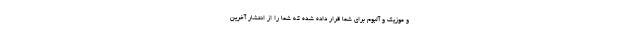
و موزیک و آلبوم برای شما قرار داده شده که شما را از انتشار آخرین‌